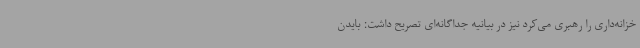
خزانه‌داری را رهبری می‌کرد نیز در بیانیه جداگانه‌ای تصریح داشت: بایدن